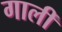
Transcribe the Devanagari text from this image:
गालीं